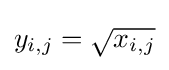
y_{i,j}={\sqrt {x_{i,j}}}